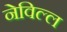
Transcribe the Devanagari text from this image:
नेविल्ल